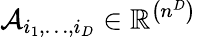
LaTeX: \mathcal{A}_{i_{1},\ldots,i_{D}}\in\mathbb{R}^{\left(n^{D}\right)}